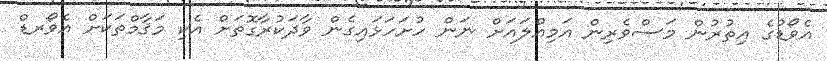
އެވޯޑުގެ އިތުރުން މަސްވެރިން އަމިއްލައަށް ނަން ހުށަހަޅައިގެން ވާދަކުރާގޮތަށް އެކި މަޤާމްތަކަށް އެވޯރޑް